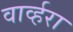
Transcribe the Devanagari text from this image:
वार्व्हरा